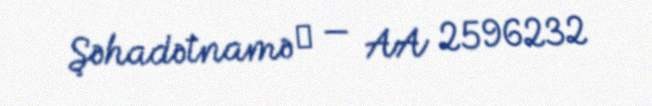
Şəhadətnamə № — AA 2596232